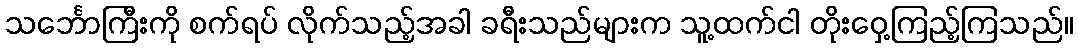
သင်္ဘောကြီးကို စက်ရပ် လိုက်သည့်အခါ ခရီးသည်များက သူ့ထက်ငါ တိုးဝှေ့ကြည့်ကြသည်။